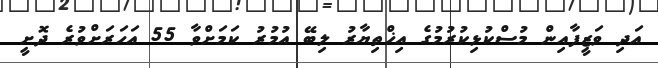
އަދި ވަޒީފާއިން މުސްކުޅިކުރުމުގެ އިޚްތިޔާރު ލިބޭ އުމުރު ކަމަށްވާ 55 އަހަރަށްވުރެ ދޮށީ